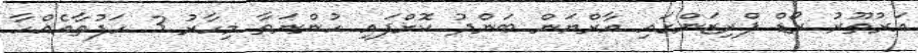
އަރުތޫރު ރޯޑް ޕްރިޒަންގައި އާރްޔަން ބަންދު ކޮށްފައި ހުންނަތާ މިހާރު 3 ހަފުތާއެއްހާ